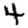
Digit: 4